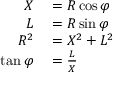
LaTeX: \scriptstyle { \begin{array} { r l } { X } & { { } = R \cos \varphi } \\ { L } & { { } = R \sin \varphi } \\ { R ^ { 2 } } & { { } = X ^ { 2 } + L ^ { 2 } } \\ { \tan \varphi } & { { } = { \frac { L } { X } } } \end{array} }